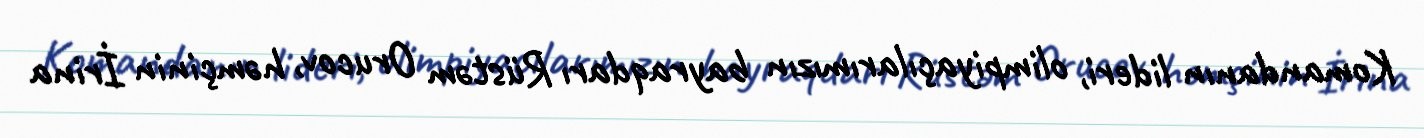
Komandanın lideri, olimpiyaçılarımızın bayraqdarı Rüstəm Orucov, həmçinin İrina